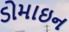
ડોમાઇન